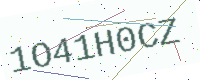
Text: 1O41H0CZ